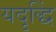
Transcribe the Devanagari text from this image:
यदृद्धिं